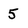
Character: 5